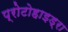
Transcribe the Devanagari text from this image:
प्रोटोहाइड्रा